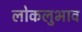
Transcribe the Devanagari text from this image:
लोकलुभाव